Trukikaitis_Postimees, lk 361
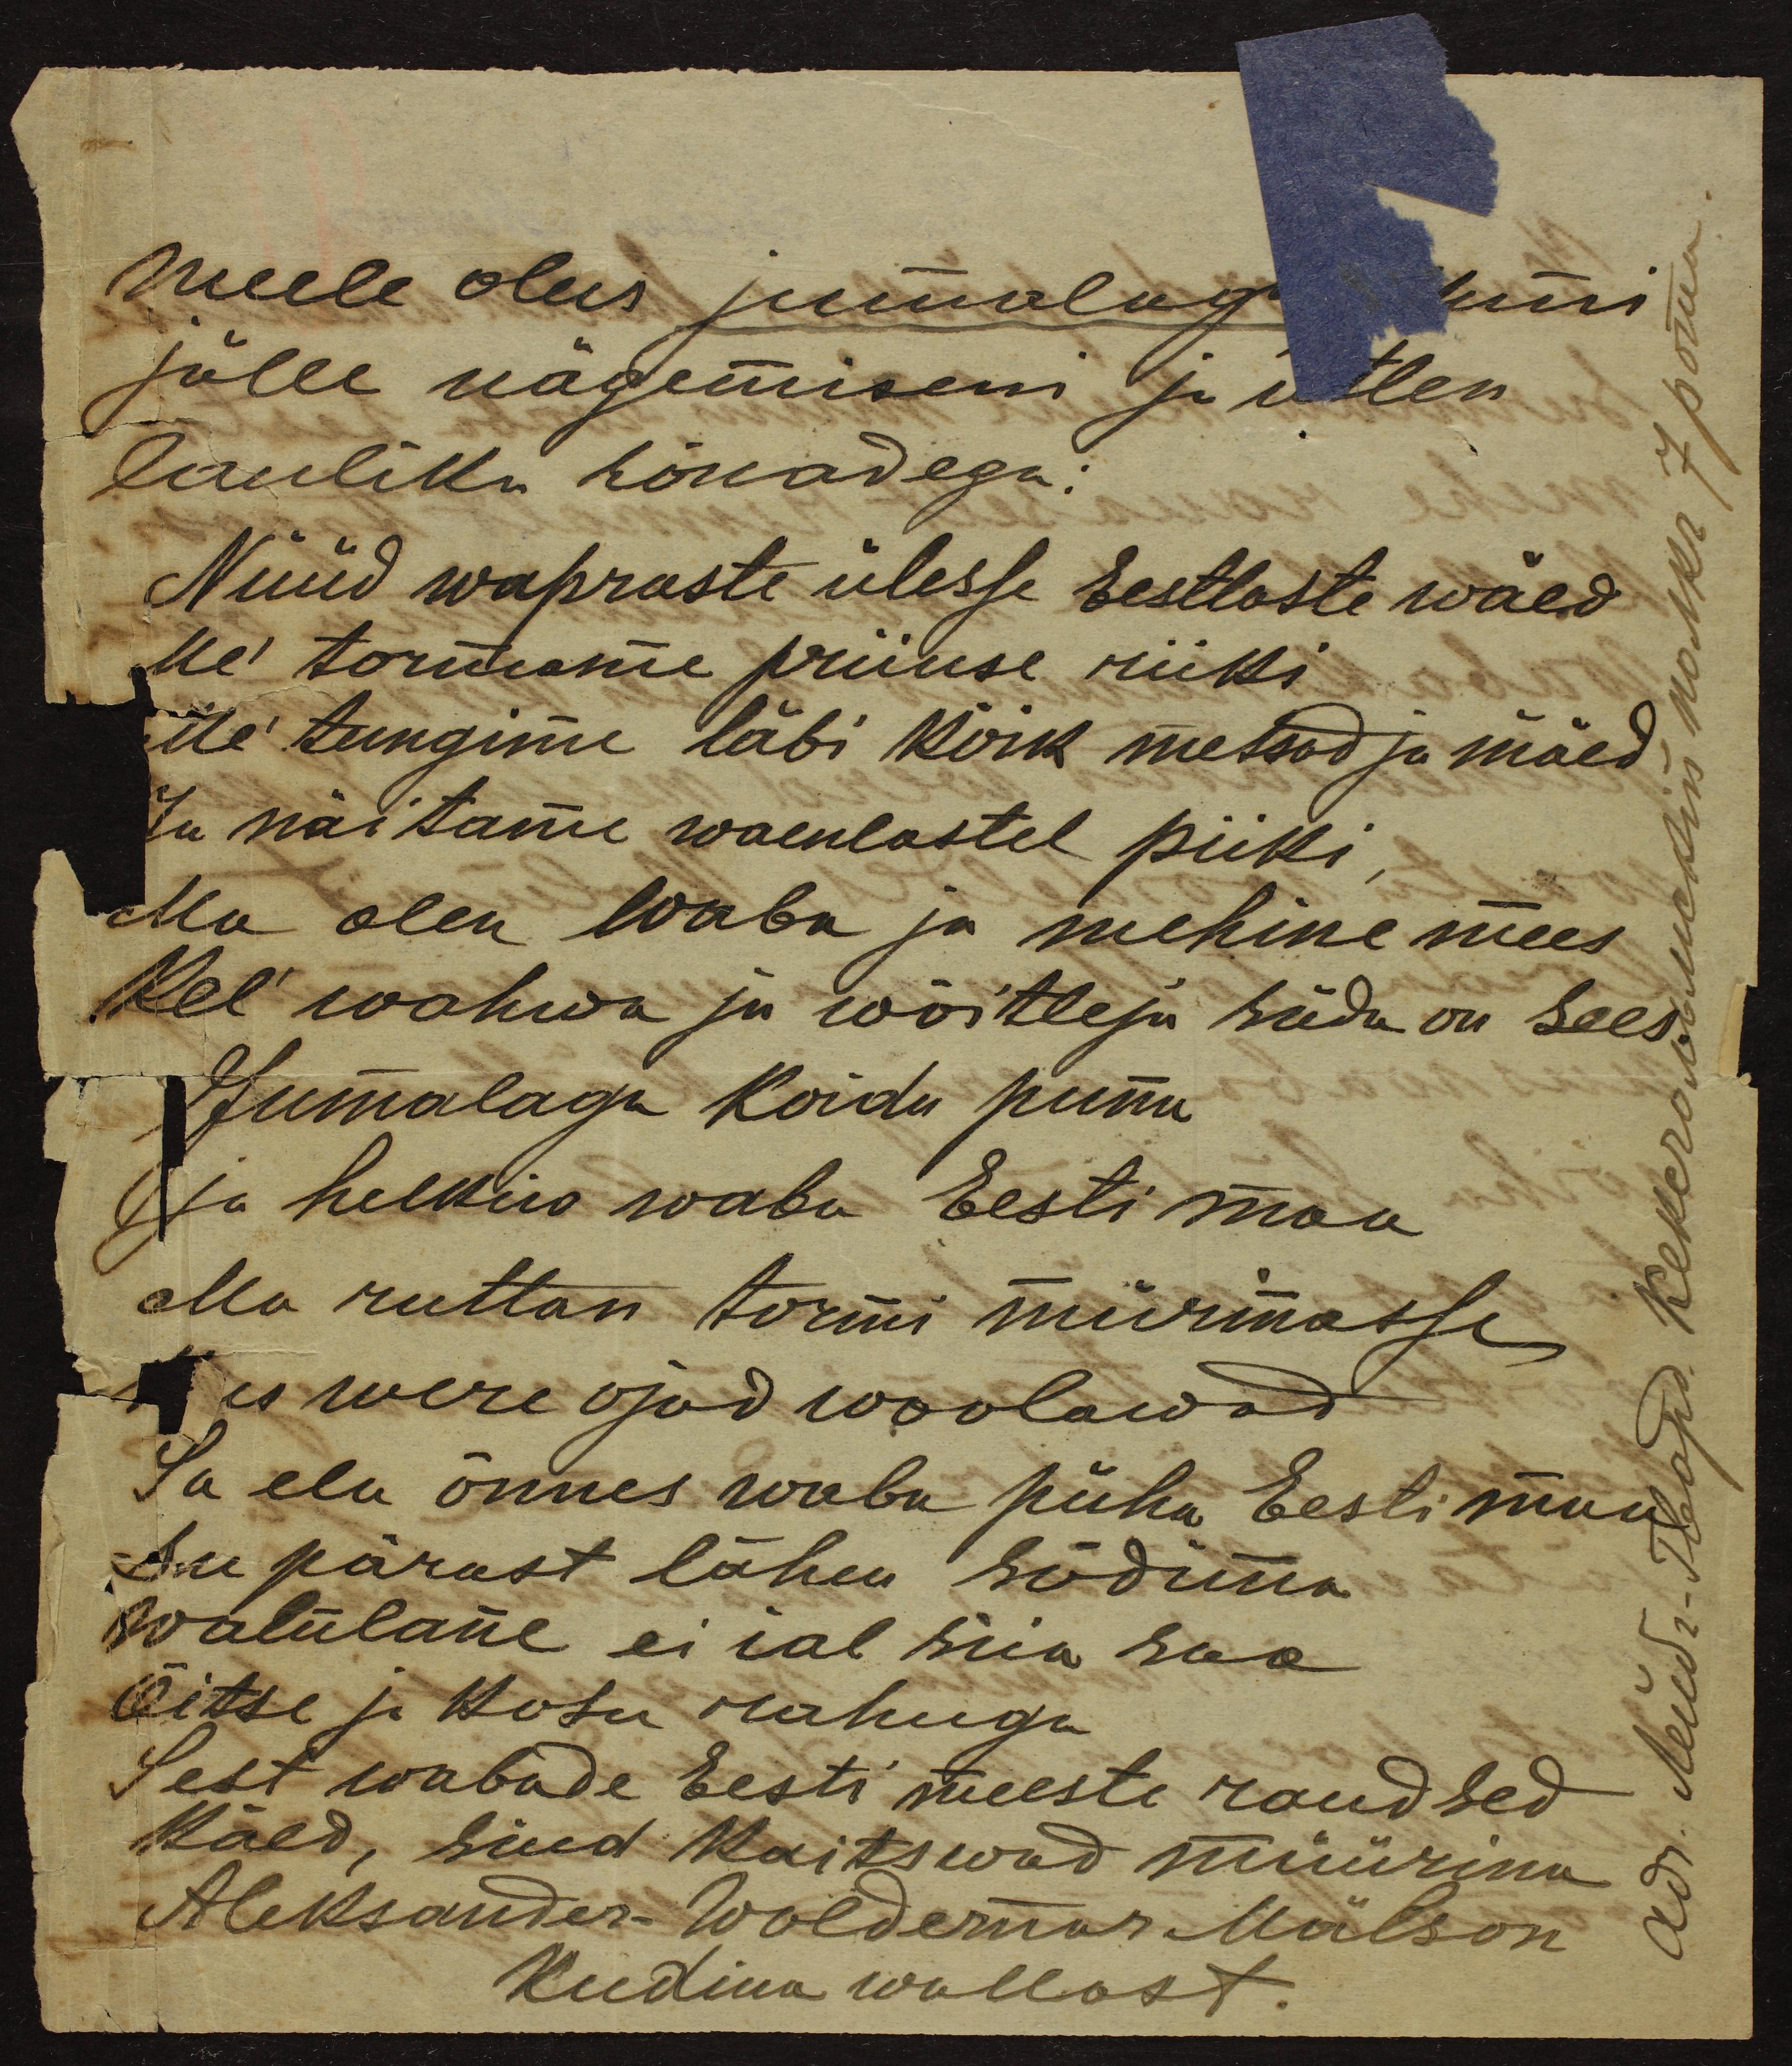
Meele olus jumalag kuni
jälle nägemiseni ja ütlen
lauliku sõnadega.
Nüüd wapraste ülesse Eestlaste wäed
Me tormame priiuse riiki
Me tungime läbi kõik metsad ja mäed
Ja näitame waenlastel piiki
Ma olen waba ja mehine mees.
Kel wahwa ju wõitleja süda on sees
Jumalaga Koidu puna
ja helkus waba Eesti maa
Ma ruttan tormi mürinasse
Kus were ojad woolawad.
Ta elu õnnes waba püha Eesti maa
Au pärast lähen sõdima
waenlane ei ial siia saa
Õitse ja Kosu rahuga
Sest wabade Eesti meeste raudsed
käed, sind kaitswad müürina
Aleksander Woldemar Mälson
Kudina wallast.